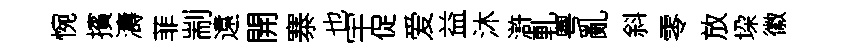
惋擯濤菲剬遠開寨也宇促爱益沐滸軋粤亂斜零放垜徽